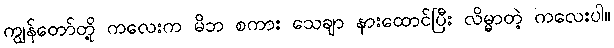
ကျွန်တော်တို့ ကလေးက မိဘ စကား သေချာ နားထောင်ပြီး လိမ္မာတဲ့ ကလေးပါ။